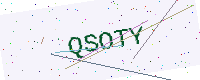
Text: QSOTY